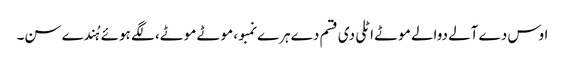
اوس دے آلے دوالے موٹے اٹلی دی قسم دے ہرے نمبو، موٹے موٹے، لگے ہوئے ہُندے سن۔